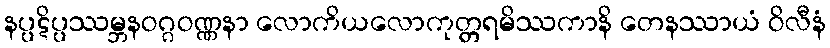
နပ္ပဋိပ္ပဿမ္ဘနဝဂ္ဂဝဏ္ဏနာ လောကိယလောကုတ္တရမိဿကာနိ တေနဿာယံ ဝိလီနံ